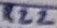
Text: R22